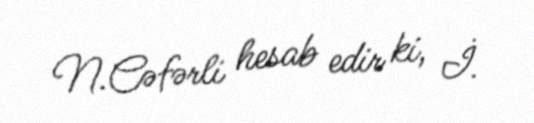
N.Cəfərli hesab edir ki, İ.